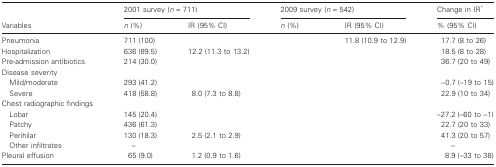
<table><thead><tr><td>[EMPTY_CELL]</td><td colspan="2"><b>2001 survey (<i>n</i> = 711)</b></td><td colspan="2"><b>2009 survey (<i>n</i> = 542)</b></td><td><b>Change in IR*</b></td></tr><tr><td><b>Variables</b></td><td><b><i>n</i> (%)</b></td><td><b>IR (95% CI)</b></td><td><b><i>n</i> (%)</b></td><td><b>IR (95% CI)</b></td><td><b>% (95% CI)</b></td></tr></thead><tbody><tr><td>Pneumonia</td><td>711 (100)</td><td>[EMPTY_CELL]</td><td>[EMPTY_CELL]</td><td>11.8 (10.9 to 12.9)</td><td>17.7 (8 to 26)</td></tr><tr><td>Hospitalization</td><td>636 (89.5)</td><td>12.2 (11.3 to 13.2)</td><td>[EMPTY_CELL]</td><td>[EMPTY_CELL]</td><td>18.5 (8 to 28)</td></tr><tr><td>Pre-admission antibiotics</td><td>214 (30.0)</td><td>[EMPTY_CELL]</td><td>[EMPTY_CELL]</td><td>[EMPTY_CELL]</td><td>36.7 (20 to 49)</td></tr><tr><td>Disease severity</td><td>[EMPTY_CELL]</td><td>[EMPTY_CELL]</td><td>[EMPTY_CELL]</td><td>[EMPTY_CELL]</td><td>[EMPTY_CELL]</td></tr><tr><td> Mild/moderate</td><td>293 (41.2)</td><td>[EMPTY_CELL]</td><td>[EMPTY_CELL]</td><td>[EMPTY_CELL]</td><td>−0.7 (–19 to 15)</td></tr><tr><td> Severe</td><td>418 (58.8)</td><td>8.0 (7.3 to 8.8)</td><td>[EMPTY_CELL]</td><td>[EMPTY_CELL]</td><td>22.9 (10 to 34)</td></tr><tr><td>Chest radiographic findings</td><td>[EMPTY_CELL]</td><td>[EMPTY_CELL]</td><td>[EMPTY_CELL]</td><td>[EMPTY_CELL]</td><td>[EMPTY_CELL]</td></tr><tr><td> Lobar</td><td>145 (20.4)</td><td>[EMPTY_CELL]</td><td>[EMPTY_CELL]</td><td>[EMPTY_CELL]</td><td>–27.2 (–60 to −1)</td></tr><tr><td> Patchy</td><td>436 (61.3)</td><td>[EMPTY_CELL]</td><td>[EMPTY_CELL]</td><td>[EMPTY_CELL]</td><td>22.7 (20 to 33)</td></tr><tr><td> Perihilar</td><td>130 (18.3)</td><td>2.5 (2.1 to 2.9)</td><td>[EMPTY_CELL]</td><td>[EMPTY_CELL]</td><td>41.3 (20 to 57)</td></tr><tr><td> Other infiltrates</td><td>–</td><td>[EMPTY_CELL]</td><td>[EMPTY_CELL]</td><td>[EMPTY_CELL]</td><td>–</td></tr><tr><td>Pleural effusion</td><td>65 (9.0)</td><td>1.2 (0.9 to 1.6)</td><td>[EMPTY_CELL]</td><td>[EMPTY_CELL]</td><td>8.9 (–33 to 38)</td></tr></tbody></table>